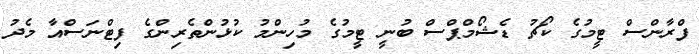
ފްރާންސް ޓީމުގެ ކޯޗު ޑެޝޯމްޕްސް ބުނީ ޓީމުގެ މުހިންމު ކުޅުންތެރިންގެ ފިޓްނަސްއާ މެދު